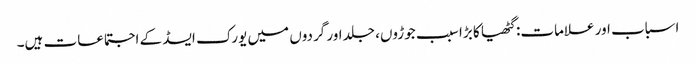
اسباب اور علامات: گٹھیا کا بڑا سبب جوڑوں، جلد اور گردوں میں یورک ایسڈ کے اجتماعات ہیں۔